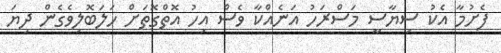
ފެށުމާ އެކު ސިޔާސީ މަސްރަހު އަނެއްކާ ވެސް އިހު އޮތްގޮތަށް ހަލަބޮލިވެގެން ދިޔަ